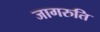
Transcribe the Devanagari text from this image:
जागरुति